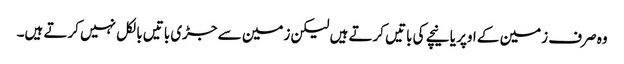
وہ صرف زمین کے اوپر یا نیچے کی باتیں کرتے ہیں لیکن زمین سے جڑی باتیں بالکل نہیں کرتے ہیں۔